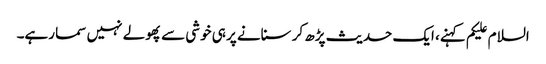
السلام علیکم کہنے، ایک حدیث پڑھ کر سنانے پر ہی خوشی سے پھولے نہیں سما رہے۔